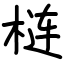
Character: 梿